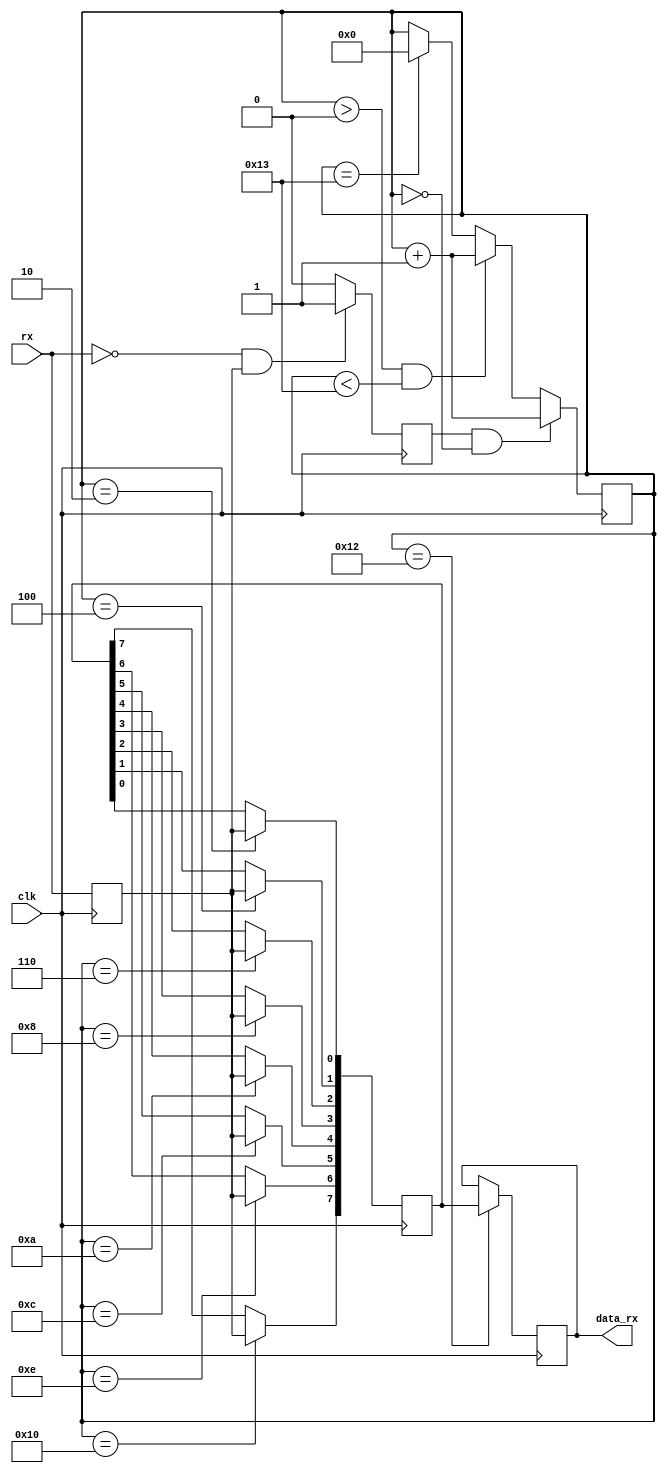
module Recv(clk,rx,data_rx);

input clk;
input rx;
output [7:0] data_rx;

reg [7:0] data_rx;

reg rxd;
reg rxd_fall;
reg [7:0] temp;

reg [4:0] cnt=0;

always @(posedge clk)begin    //
	rxd<=rx;
	if((!rx)&rxd)      //
		rxd_fall<=1;
	else 
		rxd_fall<=0;
end

always @(posedge clk)begin
	if((rxd_fall==1)&(cnt==0))   //
		cnt<=cnt+1;
	else if((cnt>0)&(cnt<19))
		cnt<=cnt+1;
	else if(cnt==19)
		cnt<=0;
end

always @(posedge clk)        //
	case(cnt)
		2:temp[0]<=rxd;       //0
		4:temp[1]<=rxd;
		6:temp[2]<=rxd;
		8:temp[3]<=rxd;
		10:temp[4]<=rxd;
		12:temp[5]<=rxd;
		14:temp[6]<=rxd;
		16:temp[7]<=rxd;
		18:data_rx<=temp;     //
	endcase
	
	
	
endmodule